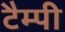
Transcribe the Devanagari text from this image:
टैम्पी